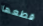
قطعها